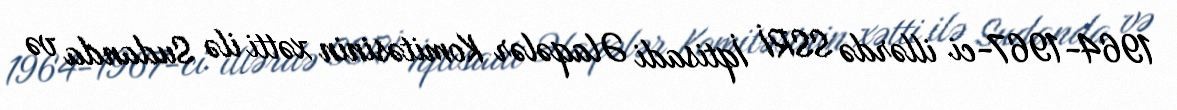
1964-1967-ci illərdə SSRİ İqtisadi Əlaqələr Komitəsinin xətti ilə Sudanda və